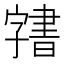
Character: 𭓙